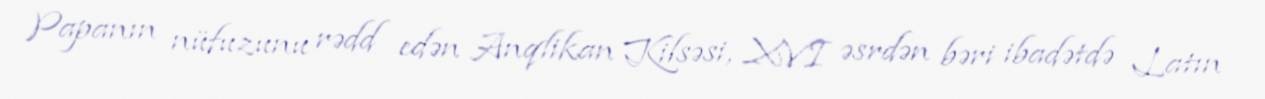
Papanın nüfuzunu rədd edən Anqlikan Kilsəsi, XVI əsrdən bəri ibadətdə Latın